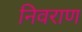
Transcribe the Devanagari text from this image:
निवराण